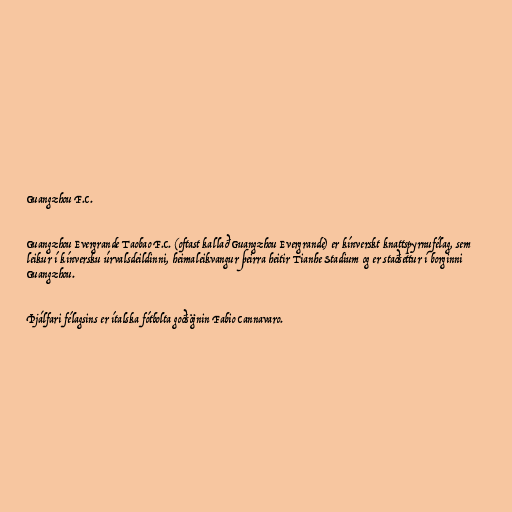
Guangzhou F.C.

Guangzhou Evergrande Taobao F.C. (oftast kallað Guangzhou Evergrande) er kínverskt knattspyrnufélag, sem
leikur í kínversku úrvalsdeildinni, heimaleikvangur þeirra heitir Tianhe Stadium og er staðsettur í borginni
Guangzhou.

Þjálfari félagsins er ítalska fótbolta goðsögnin Fabio Cannavaro.